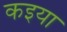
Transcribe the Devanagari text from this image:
कइया